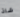
شاذ